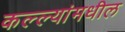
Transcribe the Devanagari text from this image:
कल्ल्यांमधील